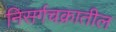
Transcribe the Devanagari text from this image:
निसर्गचक्रातील